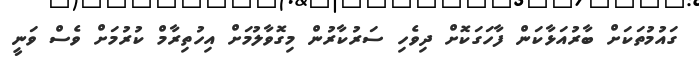
ގައުމުތަކަށް ބާރުއަޅާކަން ފާހަގަކޮށް ދިވެހި ސަރުކާރުން މިގޮވާލުމަށް އިހުތިރާމް ކުރުމަށް ވެސް ވަނީ